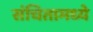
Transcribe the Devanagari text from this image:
संचितामध्ये